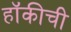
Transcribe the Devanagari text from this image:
हॉकीची